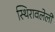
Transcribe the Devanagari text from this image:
स्थिरावलेली